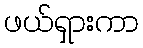
ဖယ်ရှားကာ